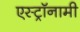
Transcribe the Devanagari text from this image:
एस्‍ट्रॉनामी